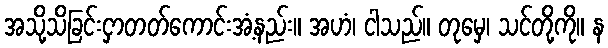
အသို့သိခြင်းငှာတတ်ကောင်းအံ့နည်း။ အဟံ၊ ငါသည်။ တုမှေ၊ သင်တို့ကို။ န